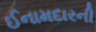
ઈનામદારની